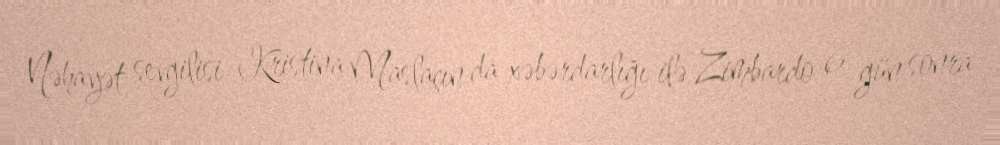
Nəhayət sevgilisi Kristina Maslaçın da xəbərdarlığı ilə Zimbardo 6 gün sonra